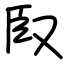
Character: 臤